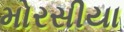
મોરસીયા